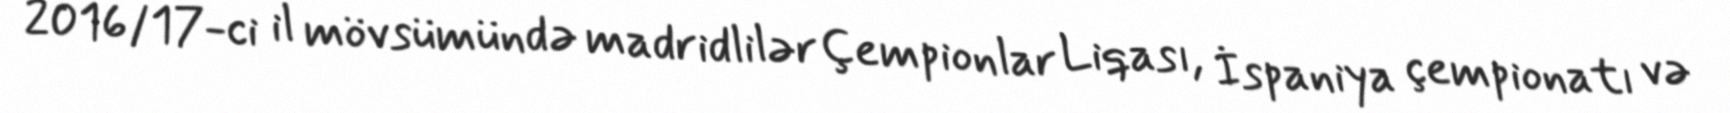
2016/17-ci il mövsümündə madridlilər Çempionlar Liqası, İspaniya çempionatı və